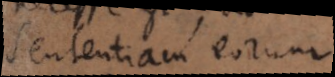
sententiam eorum